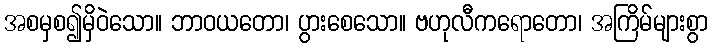
အစမှစ၍မှိဝဲသော။ ဘာဝယတော၊ ပွားစေသော။ ဗဟုလီကရောတော၊ အကြိမ်များစွာ